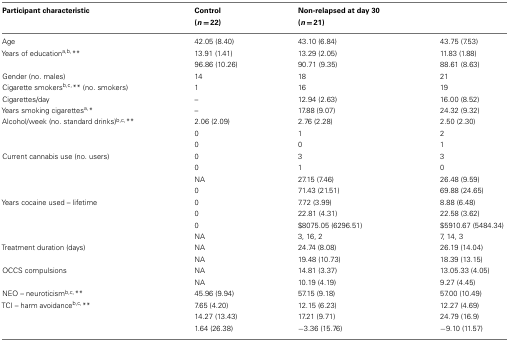
<table><thead><tr><td><b>Participant characteristic</b></td><td><b>Control (<i>n</i> = 22)</b></td><td><b>Non-relapsed at day 30 (<i>n</i> = 21)</b></td><td>[EMPTY_CELL]</td></tr></thead><tbody><tr><td>Age</td><td>42.05 (8.40)</td><td>43.10 (6.84)</td><td>43.75 (7.53)</td></tr><tr><td>Years of education<sup>a</sup><sup>,</sup><sup>b</sup><sup>,</sup>**</td><td>13.91 (1.41)</td><td>13.29 (2.05)</td><td>11.83 (1.88)</td></tr><tr><td>[EMPTY_CELL]</td><td>96.86 (10.26)</td><td>90.71 (9.35)</td><td>88.61 (8.63)</td></tr><tr><td>Gender (no. males)</td><td>14</td><td>18</td><td>21</td></tr><tr><td>Cigarette smokers<sup>b</sup><sup>,</sup><sup>c</sup><sup>,</sup>** (no. smokers)</td><td>1</td><td>16</td><td>19</td></tr><tr><td>Cigarettes/day</td><td>–</td><td>12.94 (2.63)</td><td>16.00 (8.52)</td></tr><tr><td>Years smoking cigarettes<sup>a</sup><sup>,</sup>*</td><td>–</td><td>17.88 (9.07)</td><td>24.32 (9.32)</td></tr><tr><td>Alcohol/week (no. standard drinks)<sup>b</sup><sup>,</sup><sup>c</sup><sup>,</sup>**</td><td>2.06 (2.09)</td><td>2.76 (2.28)</td><td>2.50 (2.30)</td></tr><tr><td>[EMPTY_CELL]</td><td>0</td><td>1</td><td>2</td></tr><tr><td>[EMPTY_CELL]</td><td>0</td><td>0</td><td>1</td></tr><tr><td>Current cannabis use (no. users)</td><td>0</td><td>3</td><td>3</td></tr><tr><td>[EMPTY_CELL]</td><td>0</td><td>1</td><td>0</td></tr><tr><td>[EMPTY_CELL]</td><td>NA</td><td>27.15 (7.46)</td><td>26.48 (9.59)</td></tr><tr><td>[EMPTY_CELL]</td><td>0</td><td>71.43 (21.51)</td><td>69.88 (24.65)</td></tr><tr><td>Years cocaine used – lifetime</td><td>0</td><td>7.72 (3.99)</td><td>8.88 (6.48)</td></tr><tr><td>[EMPTY_CELL]</td><td>0</td><td>22.81 (4.31)</td><td>22.58 (3.62)</td></tr><tr><td>[EMPTY_CELL]</td><td>0</td><td>$8075.05 (6296.51)</td><td>$5910.67 (5484.34)</td></tr><tr><td>[EMPTY_CELL]</td><td>NA</td><td>3, 16, 2</td><td>7, 14, 3</td></tr><tr><td>Treatment duration (days)</td><td>NA</td><td>24.74 (8.08)</td><td>26.19 (14.04)</td></tr><tr><td>[EMPTY_CELL]</td><td>NA</td><td>19.48 (10.73)</td><td>18.39 (13.15)</td></tr><tr><td>OCCS compulsions</td><td>NA</td><td>14.81 (3.37)</td><td>13.05.33 (4.05)</td></tr><tr><td>[EMPTY_CELL]</td><td>NA</td><td>10.19 (4.19)</td><td>9.27 (4.45)</td></tr><tr><td>NEO – neuroticism<sup>b</sup><sup>,</sup><sup>c</sup><sup>,</sup>**</td><td>45.96 (9.94)</td><td>57.15 (9.18)</td><td>57.00 (10.49)</td></tr><tr><td>TCI – harm avoidance<sup>b</sup><sup>,</sup><sup>c</sup><sup>,</sup>**</td><td>7.65 (4.20)</td><td>12.15 (6.23)</td><td>12.27 (4.69)</td></tr><tr><td>[EMPTY_CELL]</td><td>14.27 (13.43)</td><td>17.21 (9.71)</td><td>24.79 (16.9)</td></tr><tr><td>[EMPTY_CELL]</td><td>1.64 (26.38)</td><td>−3.36 (15.76)</td><td>−9.10 (11.57)</td></tr></tbody></table>